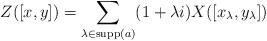
LaTeX: \begin{align*}Z([x,y])=\sum_{\lambda\in\mathrm{supp}(a)}(1+\lambda i)X([x_\lambda,y_\lambda])\end{align*}